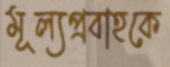
মূল্যপ্রবাহকে